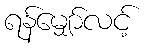
ရန်မျှော်လင့်